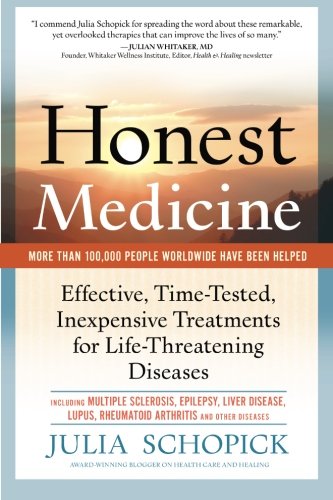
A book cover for Honest Medicine: Effective, Time-Tested, Inexpensive Treatments for Life-Threatening Diseases; Julia E. Schopick; Health, Fitness & Dieting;